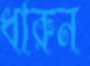
ধারুন